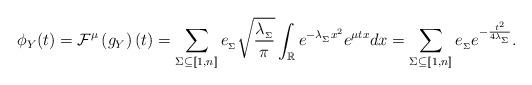
LaTeX: \begin{align*}\phi_Y(t) &= \mathcal{F}^\mu\left(g_Y\right)(t) = \sum_{\Sigma\subseteq [\![1,n]\!]}e_{_\Sigma}\sqrt{\frac{\lambda_{_\Sigma}}{\pi}}\int_\mathbb{R}e^{-\lambda_{_\Sigma}x^2}e^{\mu tx} dx = \sum_{\Sigma\subseteq [\![1,n]\!]}e_{_\Sigma}e^{-\frac{t^2}{4\lambda_{_\Sigma}}}.\end{align*}